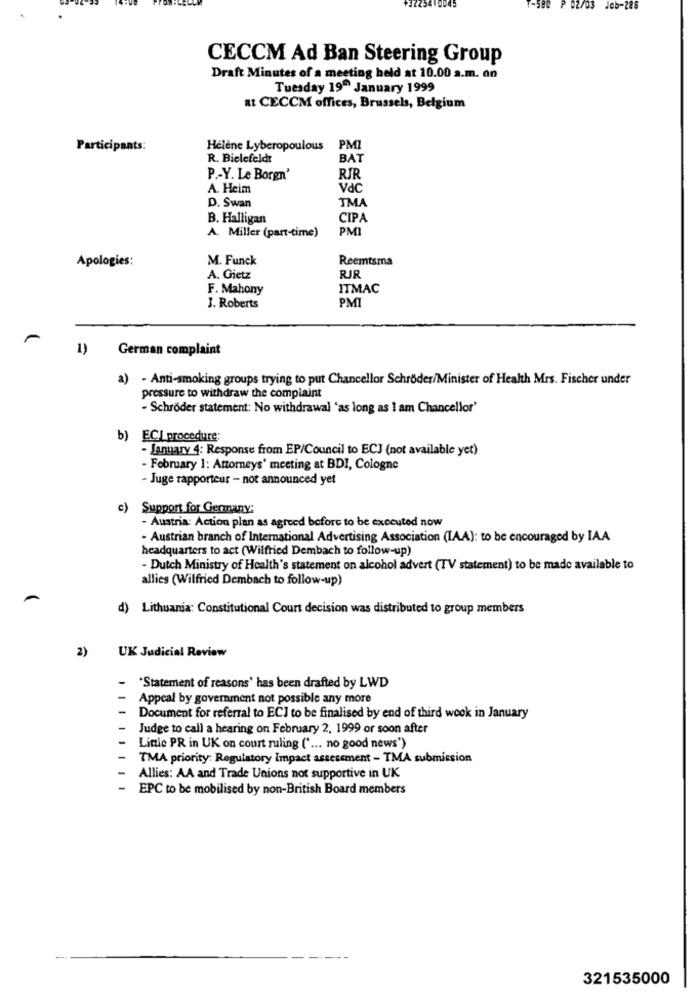
1-500 P 02/03 Job-226
CECCM Ad Ban Steering Group
Draft Minutes of a meeting held at 10.00 a.m. on
Tuesday 19 January 1999
at CECCM offices, Brussels, Belgium
Participants:
Hélène Lyberopoulous
PMI
R. Bielefeldt
BAT
P .- Y. Le Borgn'
RIR
A. Heim
Vdc
TMA
D. Swan
B. Halligan
CIPA
PMI
A. Miller (part-time)
Apologies:
M. Funck
Reemtsma
A. Gietz
RJR
F. Mahony
ITMAC
PMI
J. Roberts
1)
German complaint
a) - Anti-smoking groups trying to put Chancellor Schröder/Minister of Health Mrs. Fischer under
pressure to withdraw the complaint
- Schröder statement: No withdrawal 'as long as I am Chancellor'
b) ECI procedure:
January 4: Response from EP/Council to ECJ (not available yet)
- February 1: Attorneys' meeting at BDI, Cologne
- Juge rapporteur - not announced yet
c) Support for Germany:
- Austria: Action plan as agreed before to be executed now
- Austrian branch of International Advertising Association (IAA): to be encouraged by IAA
headquarters to act (Wilfried Dembach to follow-up)
- Dutch Ministry of Health's statement on alcohol advert (TV statement) to be made available to
allies (Wilfried Dembach to follow-up)
d) Lithuania: Constitutional Court decision was distributed to group members
2)
UK Judicial Review
"Statement of reasons' has been drafted by LWD
Appeal by government not possible any more
Document for referral to ECI to be finalised by end of third week in January
Judge to call a hearing on February 2, 1999 or soon after
Little PR in UK on court ruling (" ... no good news')
TMA priority: Regulatory Impact assessment - TMA submission
Allies: AA and Trade Unions not supportive in UK
EPC to be mobilised by non-British Board members
321535000